Lunatic asylums Bombay report 1891-1903 - 1891-1903
Year: 1891
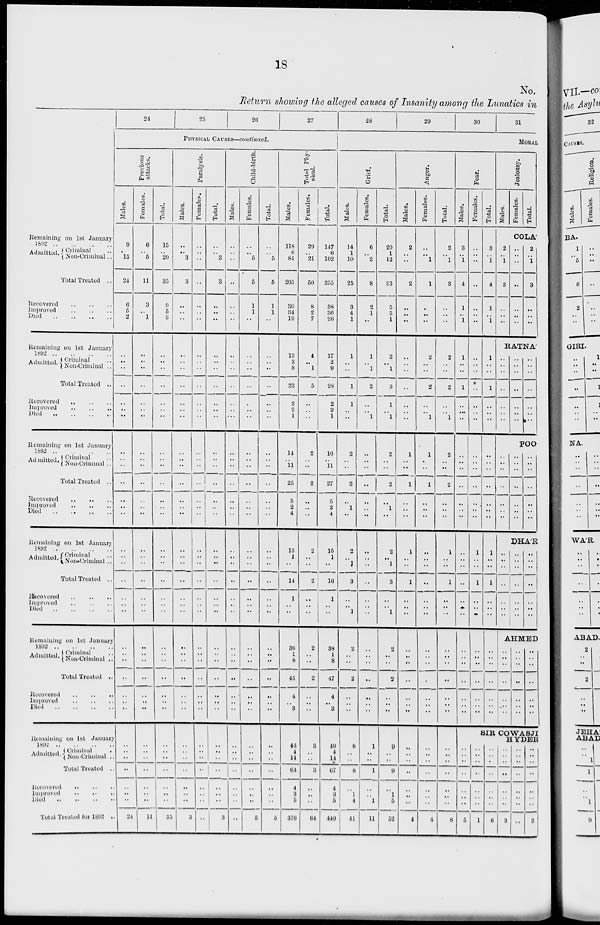
18
No.
Return showing the alleged causes of Insanity among the Lunatics in
Remaining on 1st January
1892
..
..
..
..
Admitted. Criminal ..
Non-Criminal ..
Total Treated ..
Recovered .. .. ..
Improved .. .. ..
Died
..
..
..
..
Remaining on 1st January
1892
..
..
..
..
Admitted. Criminal ..
Non-Criminal ..
Total Treated ..
Recovered
..
..
..
Improved .. .. ..
Died
..
..
..
..
Remaining on 1st January
1892 .. .. .. ..
Admitted. Criminal ..
Non-Criminal ..
Total Treated ..
Recovered
..
.. ..
Improved
.. .. ..
Died .. .. .. ..
Remaining on 1st January
1892
..
..
..
..
Admitted. Criminal ..
Non-Criminal ..
Total Treated ..
Recovered .. .. ..
Improved .. .. ..
Died
..
..
..
..
Remaining on 1st January
1892
..
..
..
..
Admitted. Criminal ..
Non-Criminal ..
Total Treated ..
Recovered
..
..
..
Improved
..
..
..
Died
..
..
..
..
Remaining on 1st January
1892 .. .. .. ..
Admitted. Criminal
..
Non-Criminal ..
Total Treated ..
Recovered
..
..
..
Improved .. .. ..
Died
..
..
..
..
Total Treated for 1892 ..
24
25
26
27
PHYSICAL CAUSES—continued.
Previous
attacks.
Males.
9
..
15
24
6
5
2
..
..
..
..
..
..
..
..
..
..
..
..
..
..
..
..
..
..
..
..
..
..
..
..
..
..
..
..
..
..
..
..
..
..
..
24
Females.
6
..
5
11
3
..
1
..
..
..
..
..
..
..
..
..
..
..
..
..
..
..
..
..
..
..
..
..
..
..
..
..
..
..
..
..
..
..
..
..
..
..
11
Total.
15
..
20
35
9
5
3
..
..
..
..
..
..
..
..
..
..
..
..
..
..
..
..
..
..
..
..
..
..
..
..
..
..
..
..
..
..
..
..
..
..
..
35
Paralysis.
Males.
..
..
3
3
..
..
..
..
..
..
..
..
..
..
..
..
..
..
..
..
..
..
..
..
..
..
..
..
..
..
..
..
..
..
..
..
..
..
..
..
..
..
..
Females.
..
..
..
..
..
..
..
..
..
..
..
..
..
..
..
..
..
..
..
..
..
..
..
..
..
..
..
..
..
..
..
..
..
..
..
..
..
..
..
..
..
..
..
Total.
..
..
3
3
..
..
..
..
..
..
..
..
..
..
..
..
..
..
..
..
..
..
..
..
..
..
..
..
..
..
..
..
..
..
..
..
..
..
..
..
..
..
3
Child-birth.
Males.
..
..
..
..
..
..
..
..
..
..
..
..
..
..
..
..
..
..
..
..
..
..
..
..
..
..
..
..
..
..
..
..
..
..
..
..
..
..
..
..
..
..
..
Females.
..
..
5
5
1
1
..
..
..
..
..
..
..
..
..
..
..
..
..
..
..
..
..
..
..
..
..
..
..
..
..
..
..
..
..
..
..
..
..
..
..
..
5
Total.
..
..
5
5
1
1
..
..
..
..
..
..
..
..
..
..
..
..
..
..
..
..
..
..
..
..
..
..
..
..
..
..
..
..
..
..
..
..
..
..
..
..
5
Total Phy-
sical.
Males.
118
6
81
205
30
34
19
13
2
8
23
2
2
1
14
..
11
25
5
2
4
13
1
..
14
1
..
..
36
1
8
45
4
..
3
46
4
14
64
4
3
5
376
Females.
29
..
21
50
8
2
7
4
..
1
5
..
..
..
2
..
..
2
..
..
..
2
..
..
2
..
..
..
2
..
..
2
..
..
..
3
..
..
3
..
..
..
64
Total.
147
6
102
255
38
36
26
17
2
9
28
2
2
1
16
..
11
27
5
2
4
15
1
..
16
1
..
..
38
1
8
47
4
..
3
49
4
14
67
4
3
5
440
28
29
30
31
MORAL
Grief.
Males.
14
1
10
25
3
4
1
1
..
..
1
1
..
..
2
..
..
2
..
1
..
2
..
1
3
..
..
1
2
..
..
2
..
..
..
8
..
..
8
..
1
4
41
Females.
6
..
2
8
2
1
..
1
..
1
2
..
..
1
..
..
..
..
..
..
..
..
..
..
..
..
..
..
..
..
..
..
..
..
..
1
..
..
1
..
..
1
11
Total.
20
1
12
33
5
5
1
2
..
1
3
1
..
1
2
..
..
2
..
1
..
2
.. 1
3
..
..
1
2
..
..
2
..
..
..
9
..
..
9
..
1
5
52
Anger.
Males.
2
..
..
2
..
..
..
..
..
..
..
..
..
..
1
..
..
1
..
..
..
1
..
..
1
..
..
..
..
..
..
..
..
..
..
..
..
..
..
..
..
..
4
Females.
..
..
1
1
..
..
..
2
..
..
2
..
..
1
1
..
..
1
..
..
..
..
..
..
..
..
..
..
..
..
..
..
..
..
..
..
..
..
..
..
..
..
4
Total.
2
..
1
3
..
..
..
2
..
..
2
..
..
1
2
..
..
2
..
..
..
1
..
..
1
..
..
..
..
..
..
..
..
..
..
..
..
..
..
..
..
..
8
Fear.
Males.
3
..
1
4
1
..
1
1
..
..
1
..
...
..
..
..
..
..
..
..
..
..
..
..
..
..
..
..
..
..
..
..
..
..
..
Females.
..
..
..
..
..
..
..
..
..
..
..
..
..
..
..
..
..
..
..
..
..
1
..
..
1
..
..
..
..
..
..
..
..
..
..
Total.
3
..
1
4
1
..
1
1
..
..
1
..
..
..
..
..
..
..
..
..
..
1
..
..
1
..
..
..
..
..
..
..
..
..
..
Jealousy.
Males.
Females.
Total.
COLA'
2
..
1
3
..
..
..
..
..
..
..
..
..
..
2
..
1
3
..
..
..
RATNA'
..
..
..
..
..
..
..
..
..
..
..
..
..
..
..
..
..
..
..
..
..
POO
..
..
..
..
..
..
..
..
..
..
..
..
..
..
..
..
..
..
..
..
..
DHA'R
..
..
..
..
..
..
..
..
..
..
..
..
..
..
..
..
..
..
..
..
..
AHMED
..
..
..
..
..
..
..
..
..
..
..
..
..
..
..
..
..
..
..
..
..
SIR COWASJI
HYDER
..
..
..
..
..
..
..
5
..
..
..
..
..
..
..
1
..
..
..
..
..
..
..
6
..
..
..
..
..
..
..
3
..
..
..
..
..
..
..
..
..
..
..
..
..
..
..
3